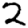
Digit: 2